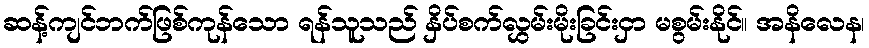
ဆန့်ကျင်ဘက်ဖြစ်ကုန်သော ရန်သူသည် နှိပ်စက်လွှမ်းမိုးခြင်းငှာ မစွမ်းနိုင်။ အနိလေန၊